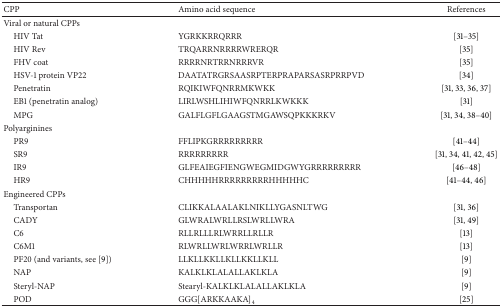
<table><thead><tr><td><b>CPP</b></td><td><b>Amino acid sequence</b></td><td><b>References</b></td></tr></thead><tbody><tr><td>Viral or natural CPPs</td><td> </td><td> </td></tr><tr><td> HIV Tat</td><td>YGRKKRRQRRR</td><td>[31–35]</td></tr><tr><td> HIV Rev</td><td>TRQARRNRRRRWRERQR</td><td>[35]</td></tr><tr><td> FHV coat</td><td>RRRRNRTRRNRRRVR</td><td>[35]</td></tr><tr><td> HSV-1 protein VP22</td><td>DAATATRGRSAASRPTERPRAPARSASRPRRPVD</td><td>[34]</td></tr><tr><td> Penetratin</td><td>RQIKIWFQNRRMKWKK</td><td>[31, 33, 36, 37]</td></tr><tr><td> EB1 (penetratin analog)</td><td>LIRLWSHLIHIWFQNRRLKWKKK</td><td>[31]</td></tr><tr><td> MPG</td><td>GALFLGFLGAAGSTMGAWSQPKKKRKV</td><td>[31, 34, 38–40]</td></tr><tr><td>Polyarginines</td><td> </td><td> </td></tr><tr><td> PR9</td><td>FFLIPKGRRRRRRRRR</td><td>[41–44]</td></tr><tr><td> SR9</td><td>RRRRRRRRR</td><td>[31, 34, 41, 42, 45]</td></tr><tr><td> IR9</td><td>GLFEAIEGFIENGWEGMIDGWYGRRRRRRRRR</td><td>[46–48]</td></tr><tr><td> HR9</td><td>CHHHHHRRRRRRRRRHHHHHC</td><td>[41–44, 46]</td></tr><tr><td>Engineered CPPs</td><td> </td><td> </td></tr><tr><td> Transportan</td><td>CLIKKALAALAKLNIKLLYGASNLTWG</td><td>[31, 36]</td></tr><tr><td> CADY</td><td>GLWRALWRLLRSLWRLLWRA</td><td>[31, 49]</td></tr><tr><td> C6</td><td>RLLRLLLRLWRRLLRLLR</td><td>[13]</td></tr><tr><td> C6M1</td><td>RLWRLLWRLWRRLWRLLR</td><td>[13]</td></tr><tr><td> PF20 (and variants, see [9])</td><td>LLKLLKKLLKLLKKLLKLL</td><td>[9]</td></tr><tr><td> NAP</td><td>KALKLKLALALLAKLKLA</td><td>[9]</td></tr><tr><td> Steryl-NAP</td><td>Stearyl-KALKLKLALALLAKLKLA</td><td>[9]</td></tr><tr><td> POD</td><td>GGG[ARKKAAKA]<sub>4</sub></td><td>[25]</td></tr></tbody></table>